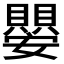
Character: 𭒱